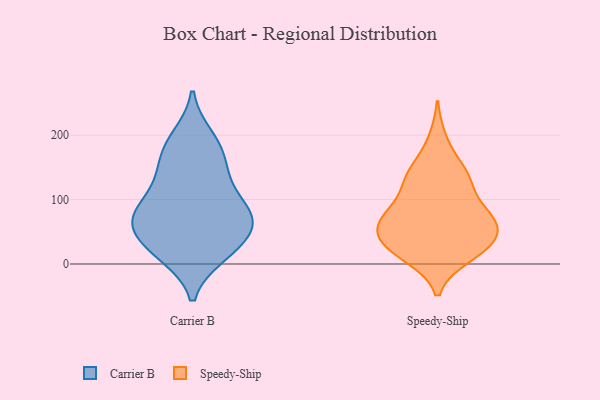
{"axis": {"x": "Demand Index", "y": "Value"}, "legend": ["Carrier B", "Speedy-Ship"], "data": [{"x": "", "y": 69, "type": "Carrier B"}, {"x": "", "y": 173, "type": "Carrier B"}, {"x": "", "y": 83, "type": "Carrier B"}, {"x": "", "y": 63, "type": "Carrier B"}, {"x": "", "y": 47, "type": "Carrier B"}, {"x": "", "y": 76, "type": "Carrier B"}, {"x": "", "y": 16, "type": "Carrier B"}, {"x": "", "y": 100, "type": "Carrier B"}, {"x": "", "y": 150, "type": "Carrier B"}, {"x": "", "y": 36, "type": "Carrier B"}, {"x": "", "y": 56, "type": "Carrier B"}, {"x": "", "y": 130, "type": "Carrier B"}, {"x": "", "y": 14, "type": "Carrier B"}, {"x": "", "y": 13, "type": "Carrier B"}, {"x": "", "y": 150, "type": "Carrier B"}, {"x": "", "y": 68, "type": "Carrier B"}, {"x": "", "y": 198, "type": "Carrier B"}, {"x": "", "y": 192, "type": "Carrier B"}, {"x": "", "y": 101, "type": "Carrier B"}, {"x": "", "y": 33, "type": "Speedy-Ship"}, {"x": "", "y": 57, "type": "Speedy-Ship"}, {"x": "", "y": 74, "type": "Speedy-Ship"}, {"x": "", "y": 60, "type": "Speedy-Ship"}, {"x": "", "y": 14, "type": "Speedy-Ship"}, {"x": "", "y": 82, "type": "Speedy-Ship"}, {"x": "", "y": 60, "type": "Speedy-Ship"}, {"x": "", "y": 79, "type": "Speedy-Ship"}, {"x": "", "y": 136, "type": "Speedy-Ship"}, {"x": "", "y": 147, "type": "Speedy-Ship"}, {"x": "", "y": 120, "type": "Speedy-Ship"}, {"x": "", "y": 78, "type": "Speedy-Ship"}, {"x": "", "y": 29, "type": "Speedy-Ship"}, {"x": "", "y": 43, "type": "Speedy-Ship"}, {"x": "", "y": 144, "type": "Speedy-Ship"}, {"x": "", "y": 41, "type": "Speedy-Ship"}, {"x": "", "y": 11, "type": "Speedy-Ship"}, {"x": "", "y": 122, "type": "Speedy-Ship"}, {"x": "", "y": 16, "type": "Speedy-Ship"}, {"x": "", "y": 193, "type": "Speedy-Ship"}]}